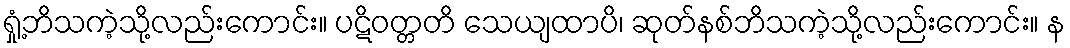
ရှုံ့ဘိသကဲ့သို့လည်းကောင်း။ ပဋိဝတ္တတိ သေယျထာပိ၊ ဆုတ်နစ်ဘိသကဲ့သို့လည်းကောင်း။ န